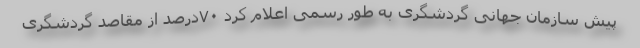
پیش سازمان جهانی گردشگری به طور رسمی اعلام کرد ۷۰درصد از مقاصد گردشگری